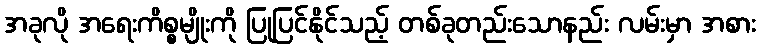
အခုလို အရေးကိစ္စမျိုးကို ပြုပြင်နိုင်သည့် တစ်ခုတည်းသောနည်း လမ်းမှာ အစား